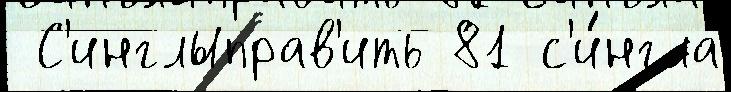
 С'инглыправ'ить 81 с'и́нгла